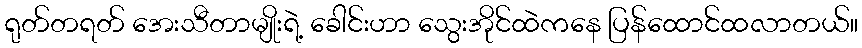
ရုတ်တရတ် အေးသီတာမျိုးရဲ့ ခေါင်းဟာ သွေးအိုင်ထဲကနေ ပြန်ထောင်ထလာတယ်။